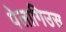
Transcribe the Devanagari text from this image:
पेलागिउस